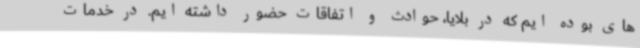
های بوده ایم که در بلایا، حوادث و اتفاقات حضور داشته ایم. در خدمات